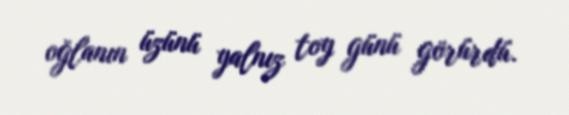
oğlanın üzünü yalnız toy günü görürdü.